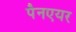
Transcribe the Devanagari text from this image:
पैनएयर